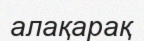
алақарақ